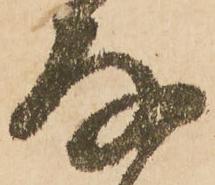
存